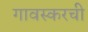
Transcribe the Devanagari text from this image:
गावस्करची